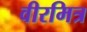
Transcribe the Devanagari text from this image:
वीरमित्र